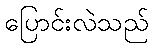
ပြောင်းလဲသည်